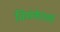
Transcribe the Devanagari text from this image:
विसंकेतकों